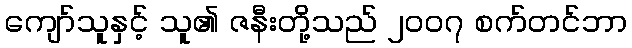
ကျော်သူနှင့် သူ၏ ဇနီးတို့သည် ၂၀၀၇ စက်တင်ဘာ